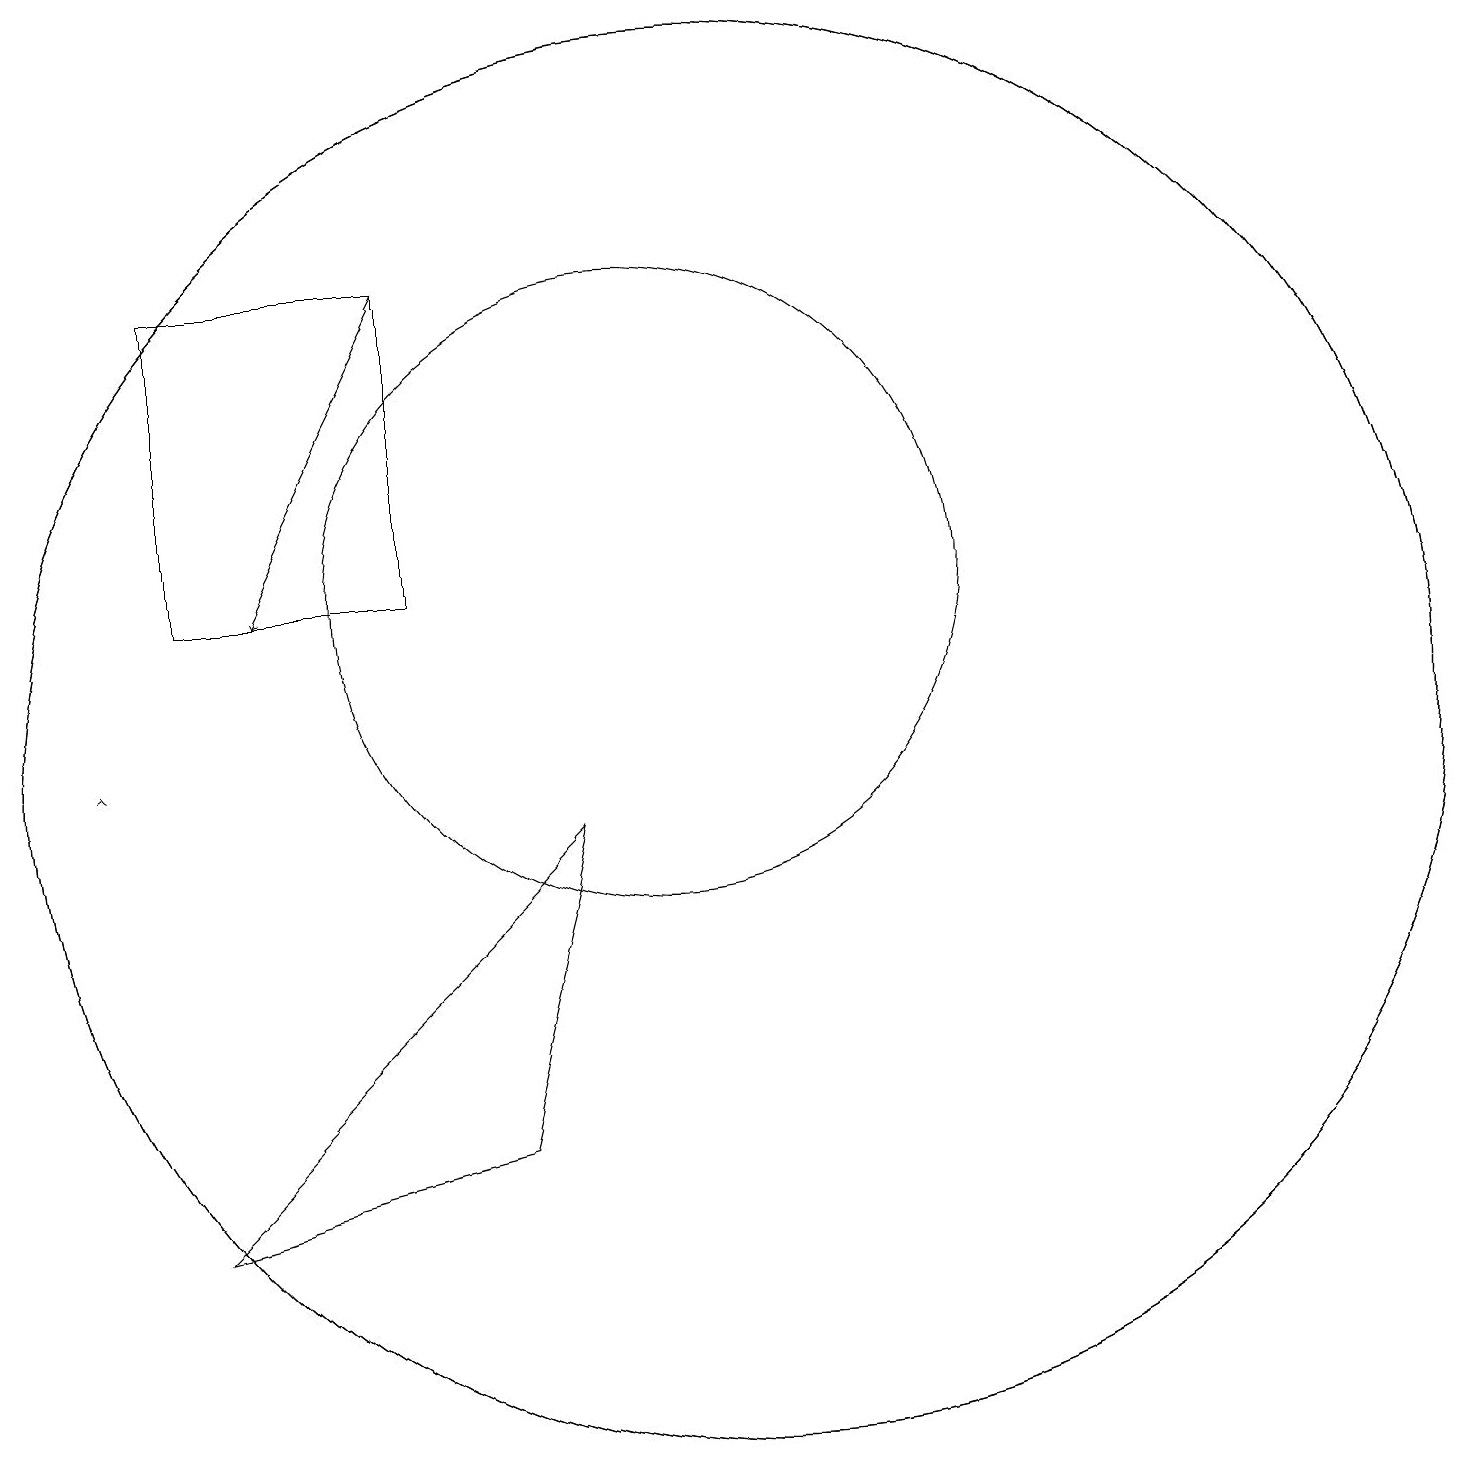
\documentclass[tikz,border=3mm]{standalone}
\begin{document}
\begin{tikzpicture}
\draw (11,10) circle (9);
\draw (10,12) circle (4);
\draw[->] (3,10) -- (3,10);
\draw (11,10) circle (9);
\draw (4,4) -- (9,9) -- (8,5) -- cycle;
\draw[->] (7,16) -- (5,12);
\draw (4,16) rectangle (7,12);
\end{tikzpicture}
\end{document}